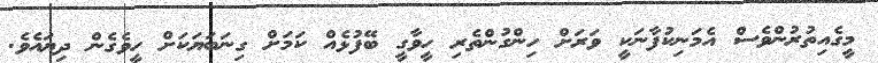
މީގެއިތުރުންވެސް އެމަނިކުފާނަކީ ވަރަށް ހިންގުންތެރި ހީވާގީ ބޭފުޅެއް ކަމަށް ގިނަބަޔަކަށް ހީވެގެން ދިޔައެވެ.